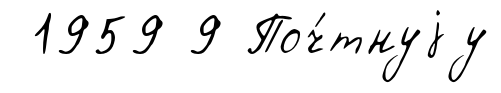
1959 9 Поч́тнуjу